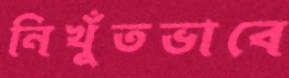
নিখুঁতভাবে